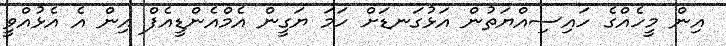
އިން މީހެއްގެ ހައިސިއްޔަތުން އަޅުގަނޑަށް ހަމަ ޔަގީން އެމްއެންޑީއެފް އިން އެ އެޅުއްވީ